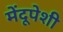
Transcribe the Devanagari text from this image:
मेंदूपेशी